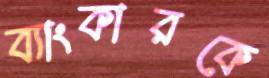
ব্যাংকারকে